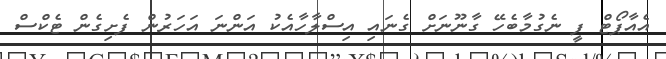
އެއާޕޯޓް ފީ ނެގުމާބެހޭ ގާނޫނަށް ގެނައި އިސްލާހާއެކު އަންނަ އަހަރުން ފެށިގެން ޓެކްސް